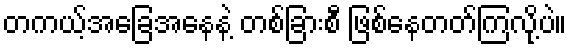
တကယ့်အခြေအနေနဲ့ တစ်ခြားစီ ဖြစ်နေတတ်ကြလို့ပဲ။